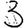
Digit: 3